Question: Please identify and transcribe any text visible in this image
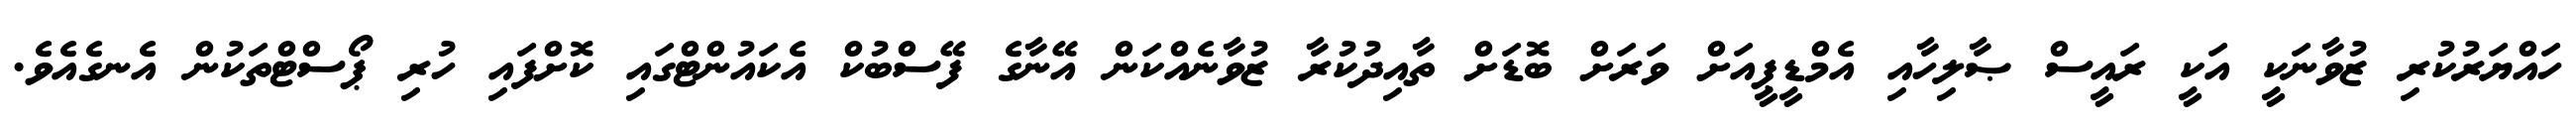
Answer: ހައްޔަރުކުރި ޒުވާނަކީ އަކީ ރައީސް ޞާލިހާއި އެމްޑީޕީއަށް ވަރަށް ބޮޑަށް ތާއިދުކުރާ ޒުވާނެއްކަން އޭނާގެ ފޭސްބުކް އެކައުންޓްގައި ކޮށްފައި ހުރި ޕޯސްޓްތަކުން އެނގެއެވެ.